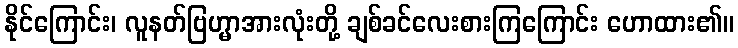
နိုင်ကြောင်း၊ လူနတ်ဗြဟ္မာအားလုံးတို့ ချစ်ခင်လေးစားကြကြောင်း ဟောထား၏။